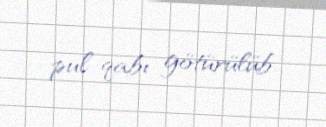
pul qabı götürülüb.